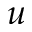
u